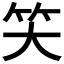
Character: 𰩬